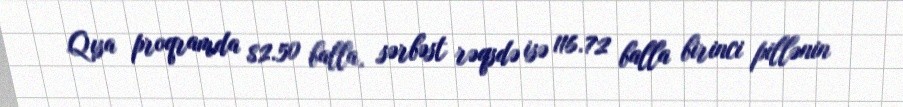
Qısa proqramda 82.50 balla, sərbəst rəqsdə isə 116.72 balla birinci pillənin